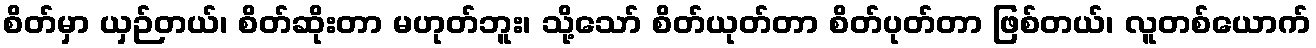
စိတ်မှာ ယှဉ်တယ်၊ စိတ်ဆိုးတာ မဟုတ်ဘူး၊ သို့သော် စိတ်ယုတ်တာ စိတ်ပုတ်တာ ဖြစ်တယ်၊ လူတစ်ယောက်